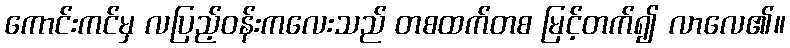
ကောင်းကင်မှ လပြည့်ဝန်းကလေးသည် တစထက်တစ မြင့်တက်၍ လာလေ၏။